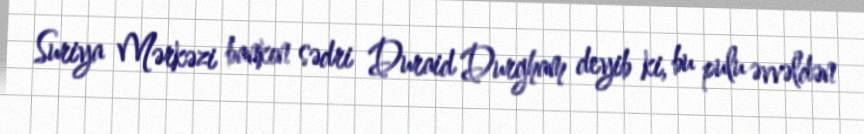
Suriya Mərkəzi bankın sədri Duraid Durgham deyib ki, bu pulu əvvəldən